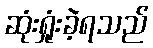
ဆုံးရှုံးခဲ့ရသည်